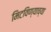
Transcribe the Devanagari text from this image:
मिटविण्याच्या